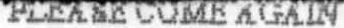
PLEASE COME AGAIN